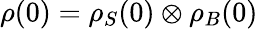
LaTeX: \rho(0)=\rho_{S}(0)\otimes\rho_{B}(0)